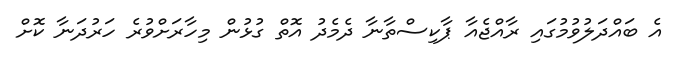
އެ ބައްދަލުވުމުގައި ރާއްޖެއާ ޕާކިސްތާނާ ދެމެދު އޮތް ގުޅުން މިހާރަށްވުރެ ހަރުދަނާ ކޮށް